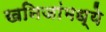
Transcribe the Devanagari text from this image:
खनिजांमध्ये